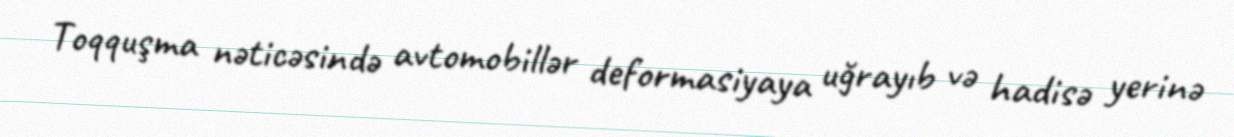
Toqquşma nəticəsində avtomobillər deformasiyaya uğrayıb və hadisə yerinə